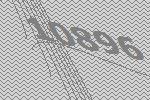
10896